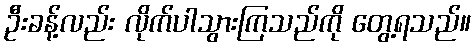
ဦးခန့်လည်း လိုက်ပါသွားကြသည်ကို တွေ့ရသည်။